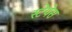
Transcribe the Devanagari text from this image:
स्टेपेस